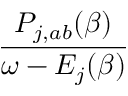
\frac { P _ { j , a b } ( \beta ) } { \omega - E _ { j } ( \beta ) }